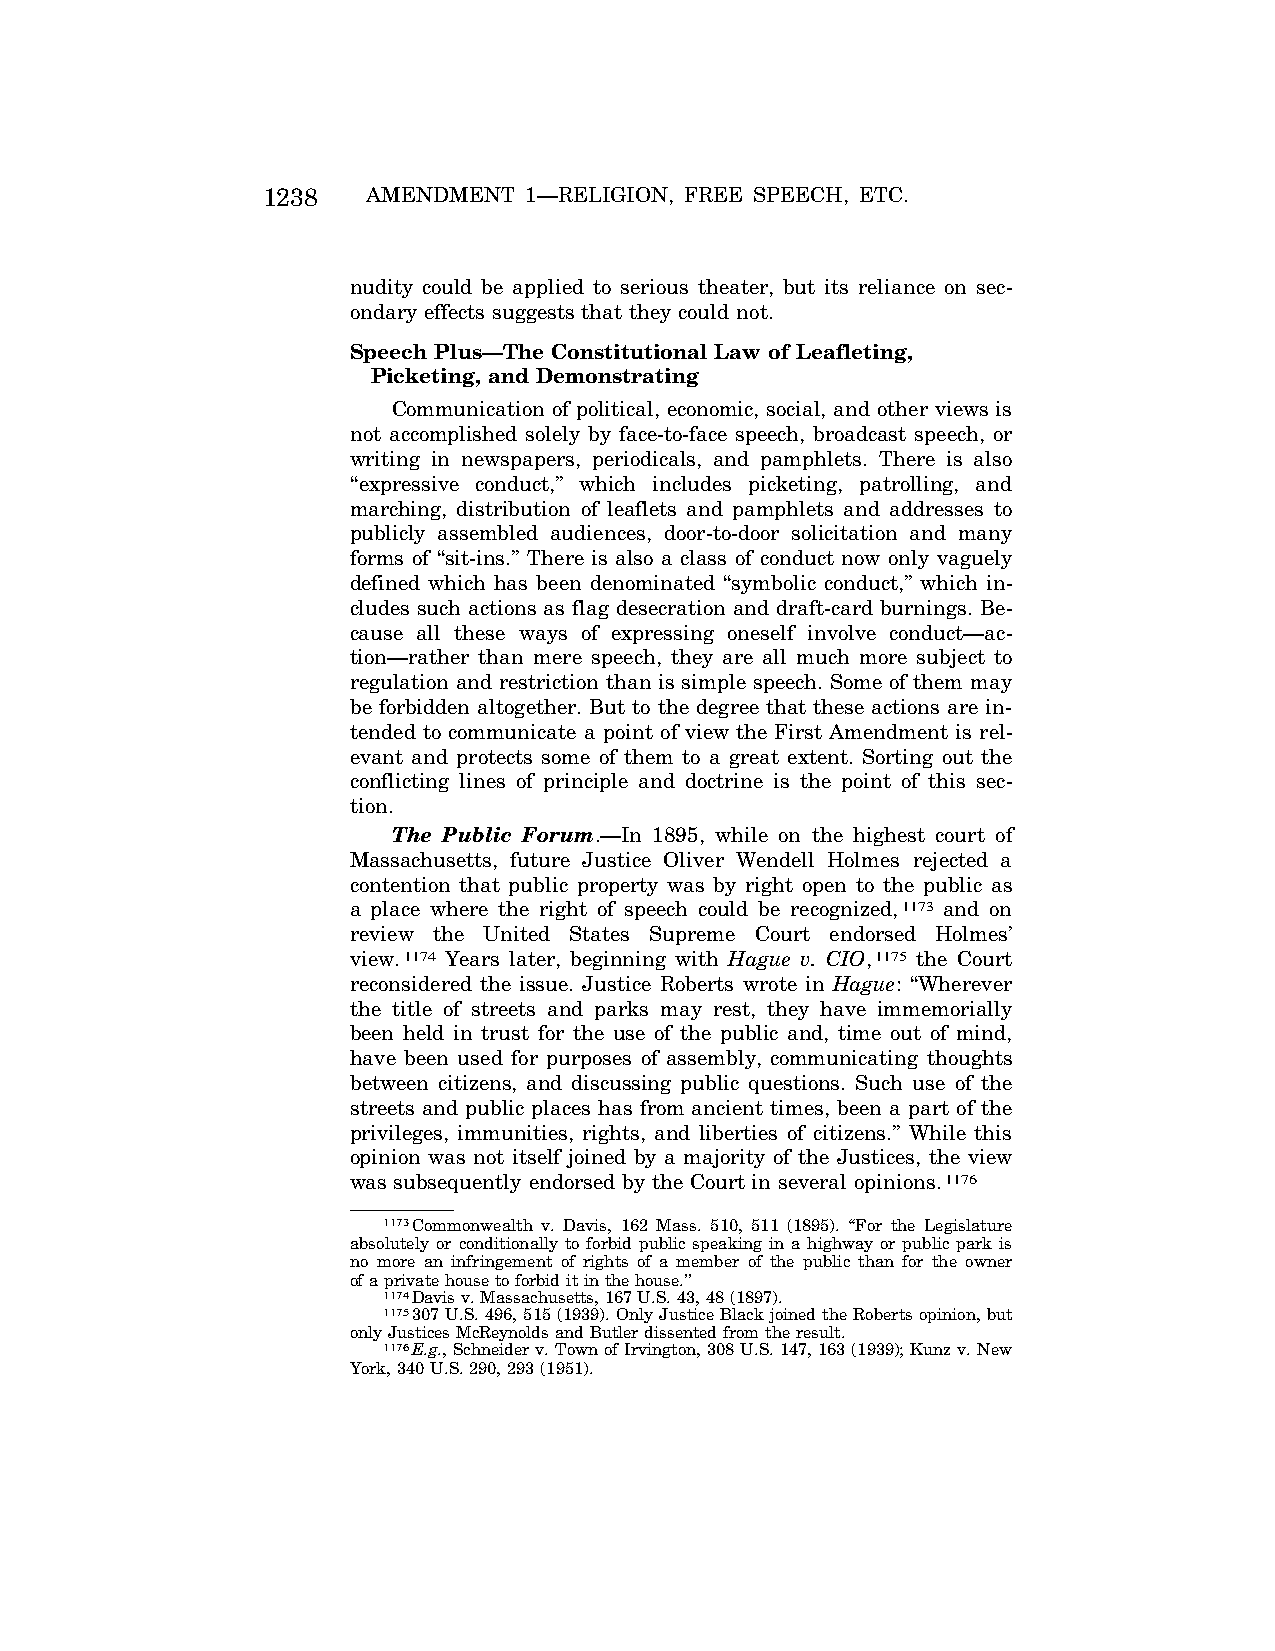
1238   AMENDMENT  1—RELIGION, FREE SPEECH, ETC.
 nudity could be applied to serious theater, but its reliance on sec-
 ondary effects suggests that they could not.
 Speech Plus—The Constitutional Law of Leafleting,
 Picketing, and Demonstrating
 Communication of political, economic, social, and other views is
 not accomplished solely by face-to-face speech, broadcast speech, or
 writing in newspapers, periodicals, and pamphlets. There is also
 ‘‘expressive conduct,’’ which includes picketing, patrolling, and
 marching, distribution of leaflets and pamphlets and addresses to
 publicly assembled audiences, door-to-door solicitation and many
 forms of ‘‘sit-ins.’’ There is also a class of conduct now only vaguely
 defined which has been denominated ‘‘symbolic conduct,’’ which in-
 cludes such actions as flag desecration and draft-card burnings. Be-
 cause all these ways of expressing oneself involve conduct—ac-
 tion—rather than mere speech, they are all much more subject to
 regulation and restriction than is simple speech. Some of them may
 be forbidden altogether. But to the degree that these actions are in-
 tended to communicate a point of view the First Amendment is rel-
 evant and protects some of them to a great extent. Sorting out the
 conflicting lines of principle and doctrine is the point of this sec-
 tion.
 The Public Forum.—In 1895, while on the highest court of
 Massachusetts, future Justice Oliver Wendell Holmes rejected a
 contention that public property was by right open to the public as
 a place where the right of speech could be recognized,1173 and on
 review the United States Supreme Court endorsed Holmes’
 view.1174 Years later, beginning with Hague v. CIO,1175 the Court
 reconsidered the issue. Justice Roberts wrote in Hague: ‘‘Wherever
 the title of streets and parks may rest, they have immemorially
 been held in trust for the use of the public and, time out of mind,
 have been used for purposes of assembly, communicating thoughts
 between citizens, and discussing public questions. Such use of the
 streets and public places has from ancient times, been a part of the
 privileges, immunities, rights, and liberties of citizens.’’ While this
 opinion was not itself joined by a majority of the Justices, the view
 was subsequently endorsed by the Court in several opinions.1176
 1173Commonwealth v. Davis, 162 Mass. 510, 511 (1895). ‘‘For the Legislature
 absolutely or conditionally to forbid public speaking in a highway or public park is
 no more an infringement of rights of a member of the public than for the owner
 of a private house to forbid it in the house.’’
 1174Davis v. Massachusetts, 167 U.S. 43, 48 (1897).
 1175307 U.S. 496, 515 (1939). Only Justice Black joined the Roberts opinion, but
 only Justices McReynolds and Butler dissented from the result.
 1176E.g., Schneider v. Town of Irvington, 308 U.S. 147, 163 (1939); Kunz v. New
 York, 340 U.S. 290, 293 (1951).
 VerDate Apr<15>2004 08:57 Jun 25, 2004 Jkt 077500 PO 00000 Frm 00226 Fmt 8222 Sfmt 8222 C:\CONAN\CON024.SGM PRFM99 PsN: CON024